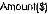
AMOUNT($)